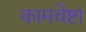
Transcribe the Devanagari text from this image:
कामचेष्टा